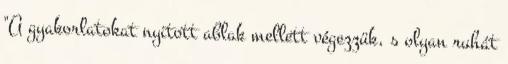
"A gyakorlatokat nyitott ablak mellett végezzük, s olyan ruhát